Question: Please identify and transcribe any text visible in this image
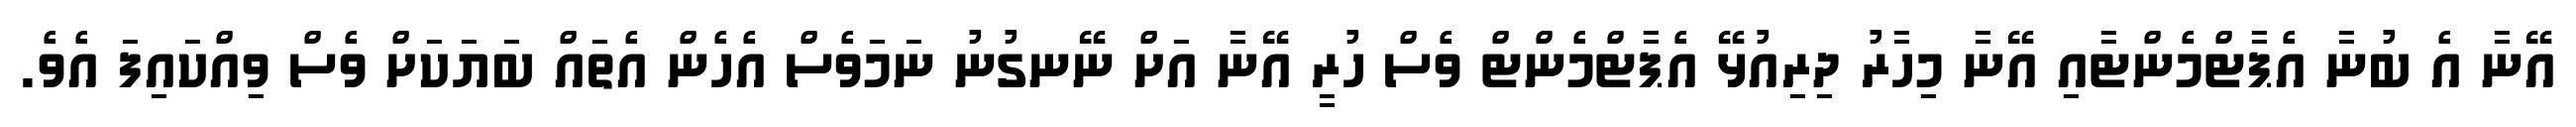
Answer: އޭނާ އެ ބުނާ އެޕާޓްމެންޓާއި އޭނާ މިހާރު ދިރިއުޅޭ އެޕާޓްމެންޓް ވެސް ހުރީ އޭނާ އަށް ނޭނގުނު ނަމަވެސް އެހެން އެތައް ބަޔަކަށް ވެސް ވިއްކައިފަ އެވެ.